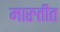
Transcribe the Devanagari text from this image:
मारुतीत